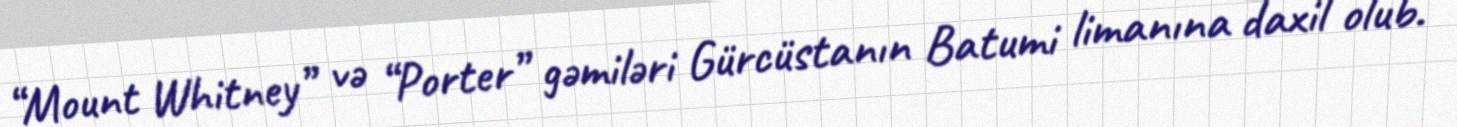
“Mount Whitney” və “Porter” gəmiləri Gürcüstanın Batumi limanına daxil olub.